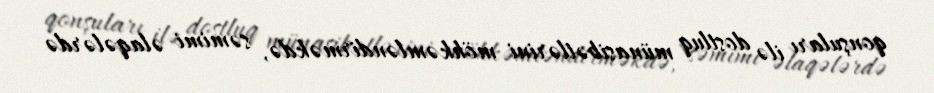
qonşuları ilə dostluq münasibətlərini möhkəmləndirməkdə, səmimi əlaqələrdə